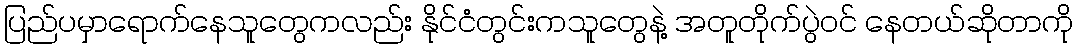
ပြည်ပမှာရောက်နေသူတွေကလည်း နိုင်ငံတွင်းကသူတွေနဲ့ အတူတိုက်ပွဲဝင် နေတယ်ဆိုတာကို